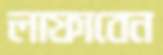
লাফাবেন